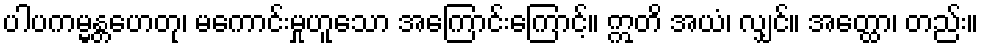
ပါပကမ္မန္တဟေတု၊ မကောင်းမှုဟူသော အကြောင်းကြောင့်။ ဣတိ အယံ၊ လျှင်။ အတ္ထော၊ တည်း။